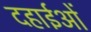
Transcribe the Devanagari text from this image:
दहाईओं